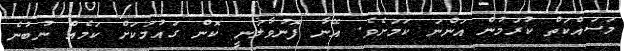
މަސައްކަތް ކުރަމުން އަންނަ ކަމަށެވެ. އޭނާ ފޮނުވާލަނީ ކޮން ގައުމަކަށް ކަމެއް ނުބުނެ